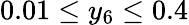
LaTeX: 0.01\leq y_{6}\leq 0.4